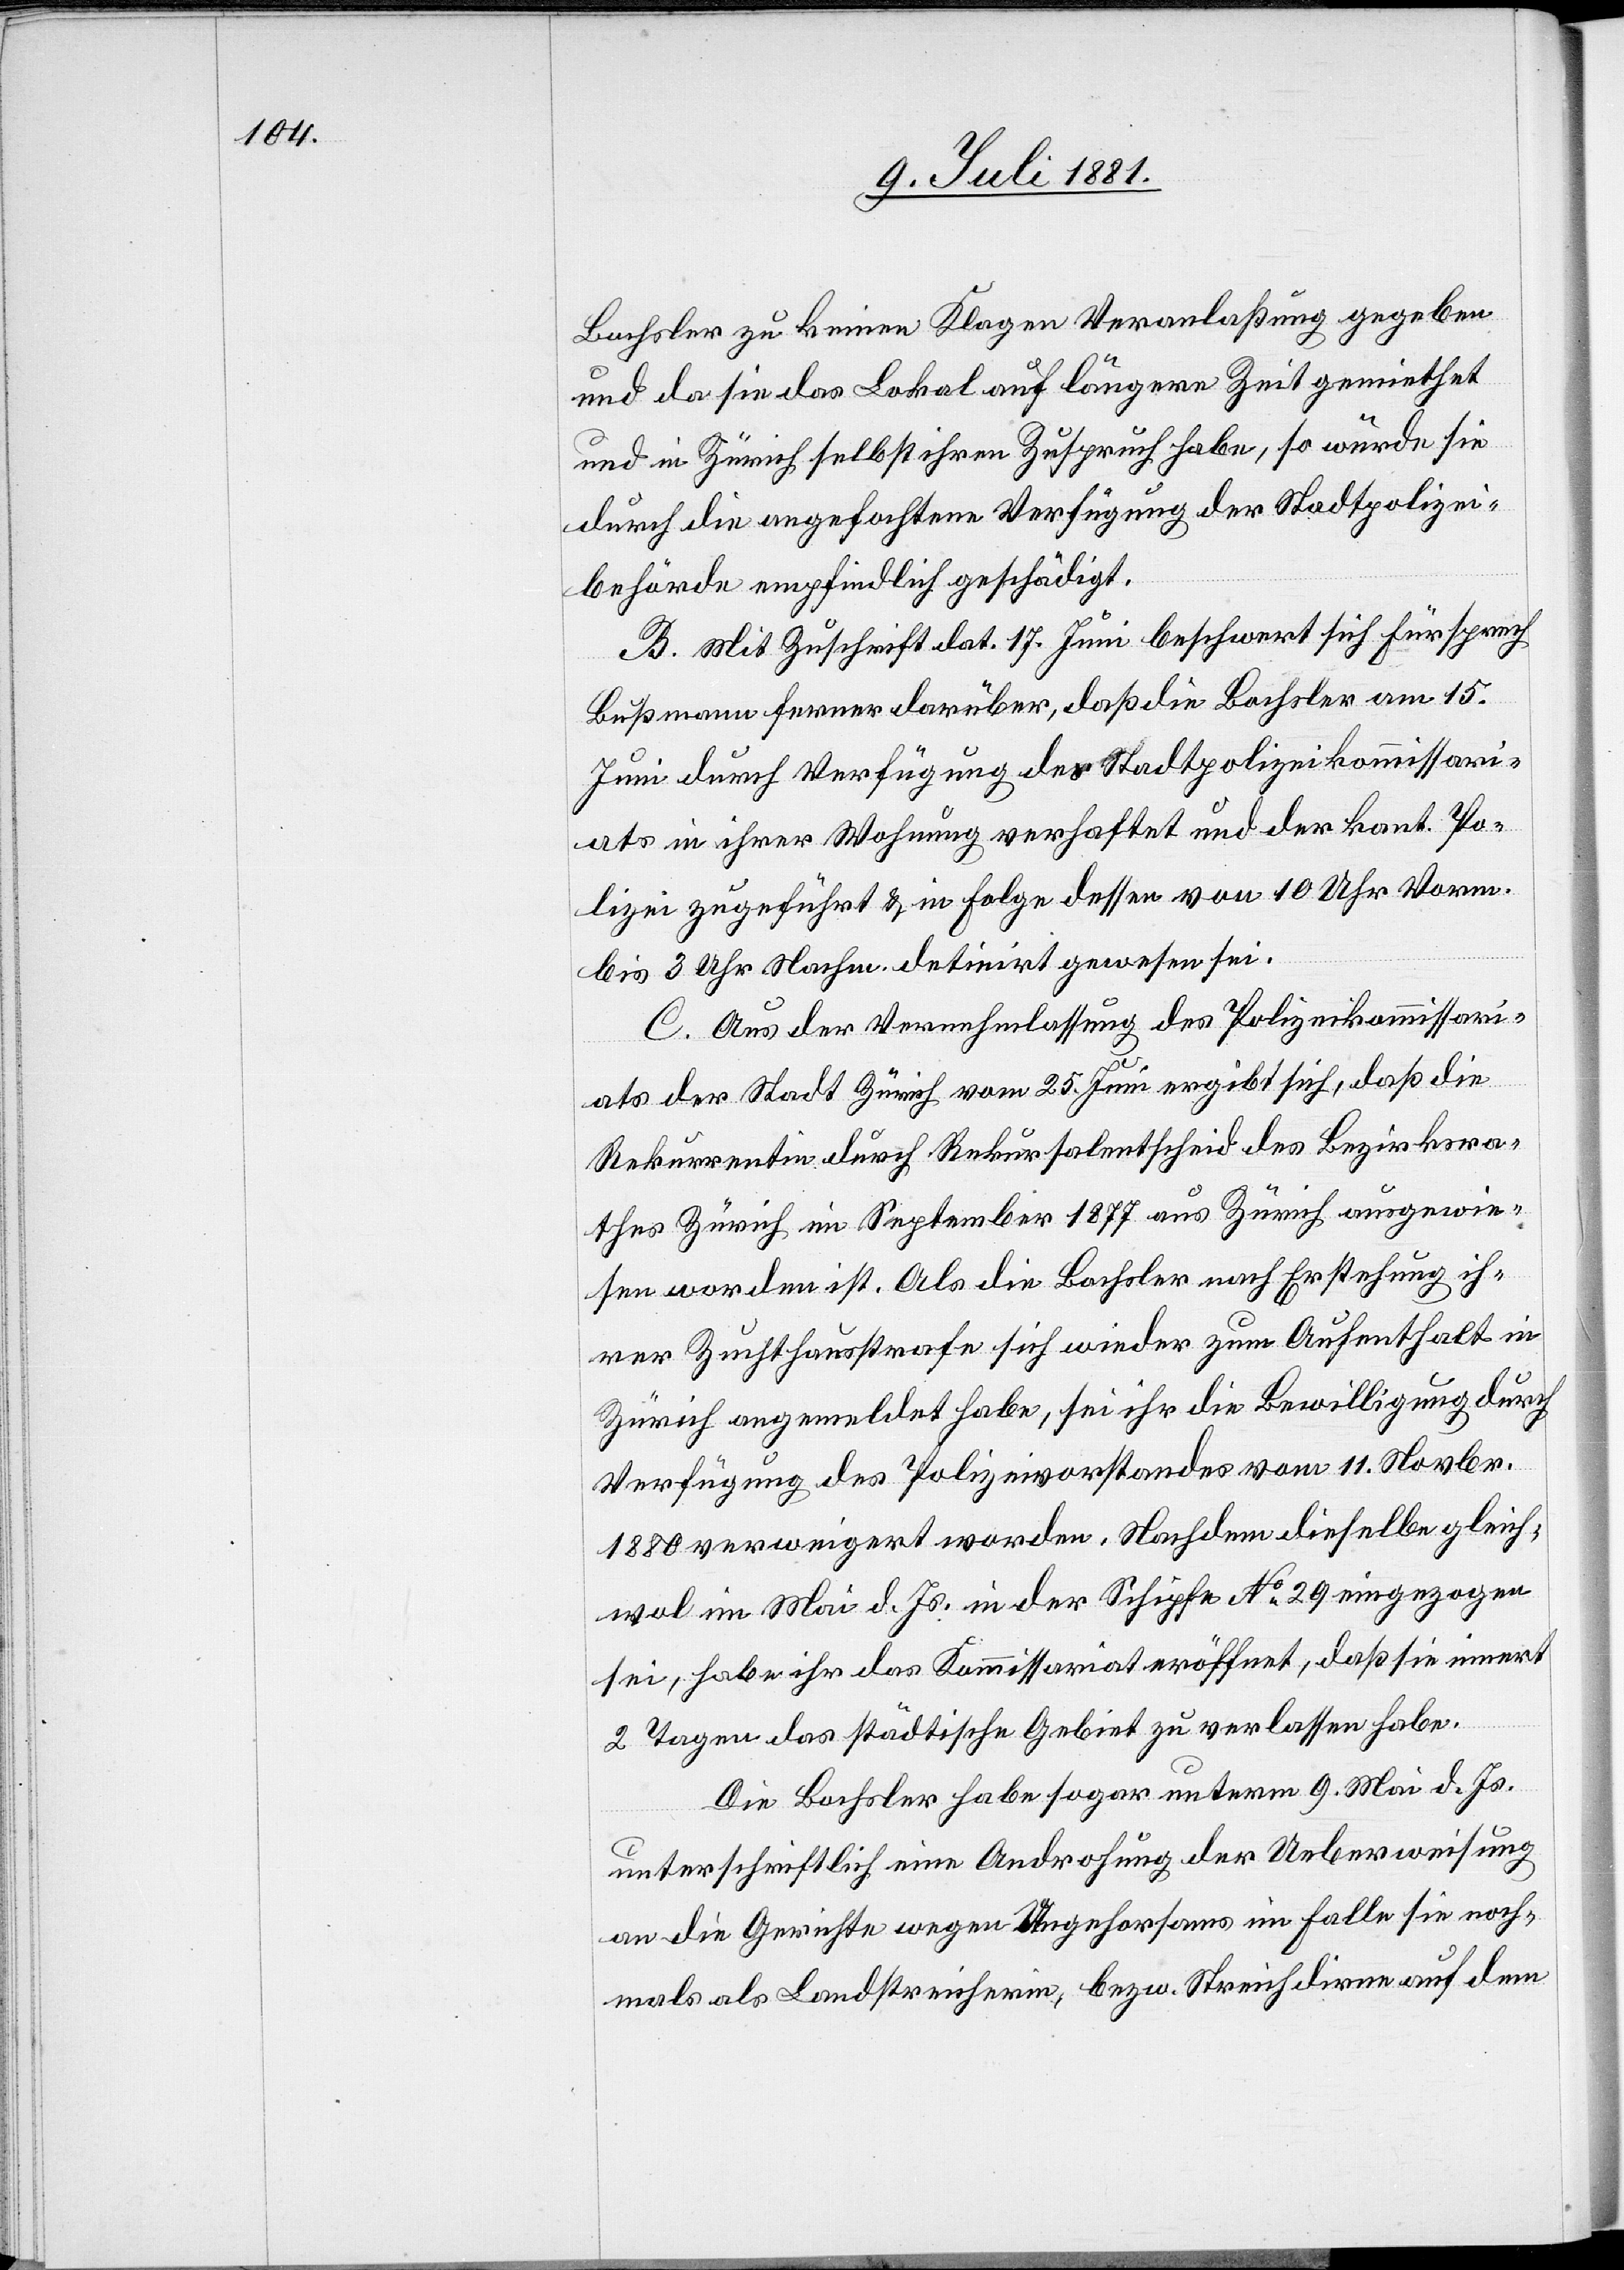
Bachsler zu keinen Klagen Veranlaßung gegeben
und da sie das Lokal auf längere Zeit gemiethet
und in Zürich selbst ihren Zuspruch habe, so wurde sie
durch die angefochtene Verfügung der Stadtpolizei¬
behörde empfindlich geschädigt.
B. Mit Zuschrift dat. 17. Juni beschwert sich Fürsprech
Bußmann ferner darüber, daß die Bachsler am 15.
Juni durch Verfügung der Stadtpolizeikommissi¬
on in ihrer Wohnung verhaftet und der kant. Po¬
lizei zugeführt & in Folge dessen von 10 Uhr Vorm.
bis 3 Uhr Nachm. detinirt gewesen sei.
C. Aus der Vernehmlassung des Polizeikommissari¬
ats der Stadt Zürich vom 25. Juni ergibt sich daß die
Rekurrentin durch Rekursalbescheid des Bezirksra¬
thes Zürich im September 1877 aus Zürich ausgewie¬
sen worden ist. Als die Bachsler nach Erstehung ih¬
rer Zuchthausstrafe sich wieder zum Aufenthalt in
Zürich angemeldet habe, sei ihr die Bewilligung durch
Verfügung des Polizeivorstandes vom 11. Novbr.
1880 verweigert worden. Nachdem dieselbe gleich¬
wol im Mai d. Js. in der Schipfe No 29 eingezogen
sei, habe ihr das Kommissariat eröffnet, daß sie innert
2 Tagen das städtische Gebiet zu verlassen habe.
Die Bachsler habe sogar unterm 9. Mai d. Js.
unterschriftlich eine Androhung der Ueberweisung
an die Gerichte wegen Ungehorsams im Falle sie noch¬
mals als Landstreicherin, bezw. Streichdirne auf dem